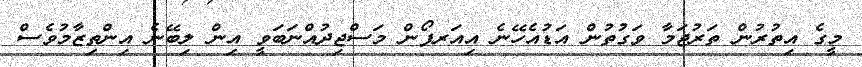
މީގެ އިތުރުން ތަރުޖަމާ ވަގުތުން އަޑުއެހޭނެ އިއަރފޯން މަސްޖިދުއްނަބަވީ އިން ލިބޭނެ އިންތިޒާމުވެސް